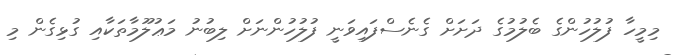
މިމީހާ ފުލުހުންގެ ބެލުމުގެ ދަށަށް ގެނެސްފައިވަނީ ފުލުހުންނަށް ލިބުނު މަޢުލޫމާތަކާއި ގުޅިގެން މި